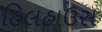
હિલહાઉસ